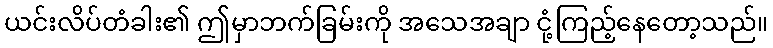
ယင်းလိပ်တံခါး၏ ဤမှာဘက်ခြမ်းကို အသေအချာ ငုံ့ကြည့်နေတော့သည်။